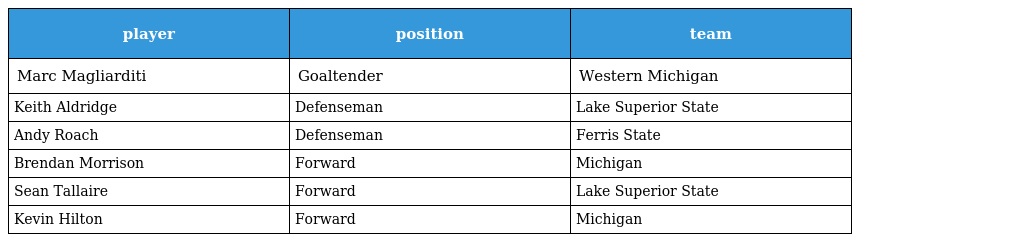
| player | position | team |
 | --- | --- | --- |
 | Marc Magliarditi | Goaltender | Western Michigan |
 | Keith Aldridge | Defenseman | Lake Superior State |
 | Andy Roach | Defenseman | Ferris State |
 | Brendan Morrison | Forward | Michigan |
 | Sean Tallaire | Forward | Lake Superior State |
 | Kevin Hilton | Forward | Michigan |